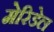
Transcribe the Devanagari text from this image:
मेरिडेल